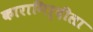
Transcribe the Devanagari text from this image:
कारागिर्दीला